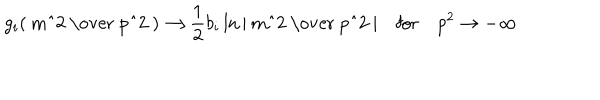
g _ { i } ( \mathrm { \frac { ~ m ^ { 2 } ~ } { ~ p ^ { 2 } ~ } } ) { \longrightarrow } \frac 1 2 b _ { i } \ln | \mathrm { \frac { ~ m ^ { 2 } ~ } { ~ p ^ { 2 } ~ } } | \quad \mathrm { f o r } \quad p ^ { 2 } \to - \infty